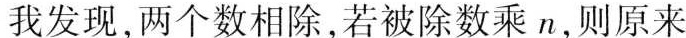
我发现，两个数相除，若被除数乘 n，则原来